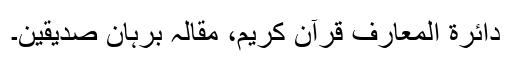
دائرة‌ المعارف قرآن کریم، مقالہِ برہانِ صدیقین۔